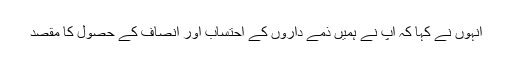
انہوں نے کہا کہ آپ نے ہمیں ذمے داروں کے احتساب اور انصاف کے حصول کا مقصد